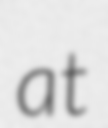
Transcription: at